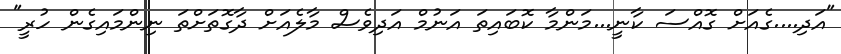
"އަދި....ގެއަށް ގޮއްސަ ކާނީ...މަންމާ ކޮބައިތަ އަނުމް އަދިވެސް މާލެއަށް ދާގޮތަށްތަ ނިންމައިގެން ހުރީ"